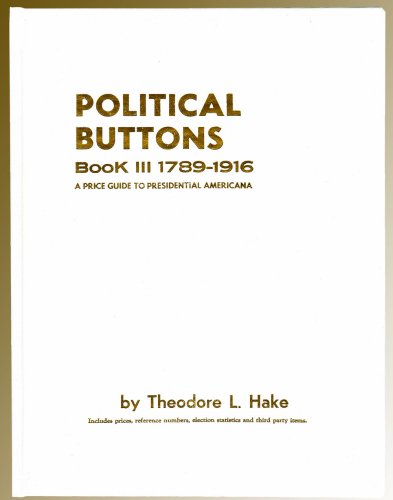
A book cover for Political Buttons, Book 3: 1789-1916- A Price Guide to Presidential Americana; Theodore L. Hake; Crafts, Hobbies & Home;